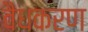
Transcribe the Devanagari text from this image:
वैधकरण